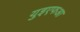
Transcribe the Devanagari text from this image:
युइएफआ